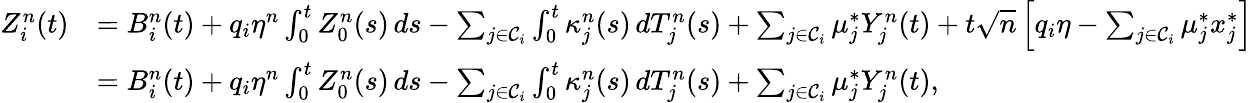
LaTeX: \begin{array}{rl}{Z_{i}^{n}(t)}&{=B_{i}^{n}(t)+q_{i}\eta^{n}\int_{0}^{t}Z_{0}^{n}(s)\, ds-\sum_{j\in\mathcal{C}_{i}}\int_{0}^{t}\kappa_{j}^{n}(s)\, dT_{j}^{n}(s)+\sum_{j\in\mathcal{C}_{i}}\mu_{j}^{*}Y_{j}^{n}(t)+t\sqrt{n}\left[q_{i}\eta-\sum_{j\in\mathcal{C}_{i}}\mu_{j}^{*}x_{j}^{*}\right]}\\ &{=B_{i}^{n}(t)+q_{i}\eta^{n}\int_{0}^{t}Z_{0}^{n}(s)\, ds-\sum_{j\in\mathcal{C}_{i}}\int_{0}^{t}\kappa_{j}^{n}(s)\, dT_{j}^{n}(s)+\sum_{j\in\mathcal{C}_{i}}\mu_{j}^{*}Y_{j}^{n}(t),}\end{array}